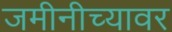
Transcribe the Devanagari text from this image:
जमीनीच्यावर